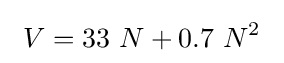
\ V=33\ N+0.7\ {N}^{2}~